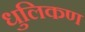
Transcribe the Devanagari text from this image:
धुलिकण